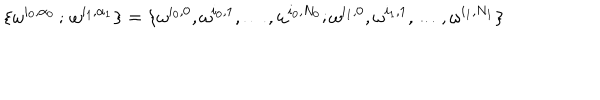
\{ \omega ^ { i _ { 0 } , \alpha _ { 0 } } \, ; \, \omega ^ { i _ { 1 } , \alpha _ { 1 } } \} = \{ \omega ^ { i _ { 0 } , 0 } , \omega ^ { i _ { 0 } , 1 } , \ldots , \omega ^ { i _ { 0 } , N _ { 0 } } ; \omega ^ { i _ { 1 } , 0 } , \omega ^ { i _ { 1 } , 1 } , \ldots , \omega ^ { i _ { 1 } , N _ { 1 } } \}